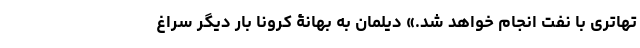
تهاتری با نفت انجام خواهد شد.» دیلمان به بهانۀ کرونا بار دیگر سراغ